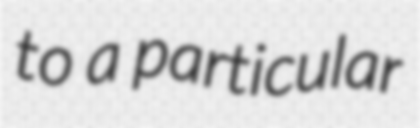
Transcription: to a particular